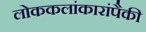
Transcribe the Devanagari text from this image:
लोककलांकारांपैकी